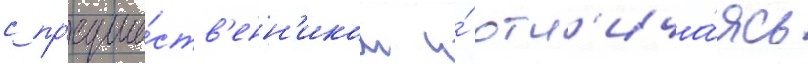
с пр'едше́ств'енн'иком и́ отл'ича́ясь